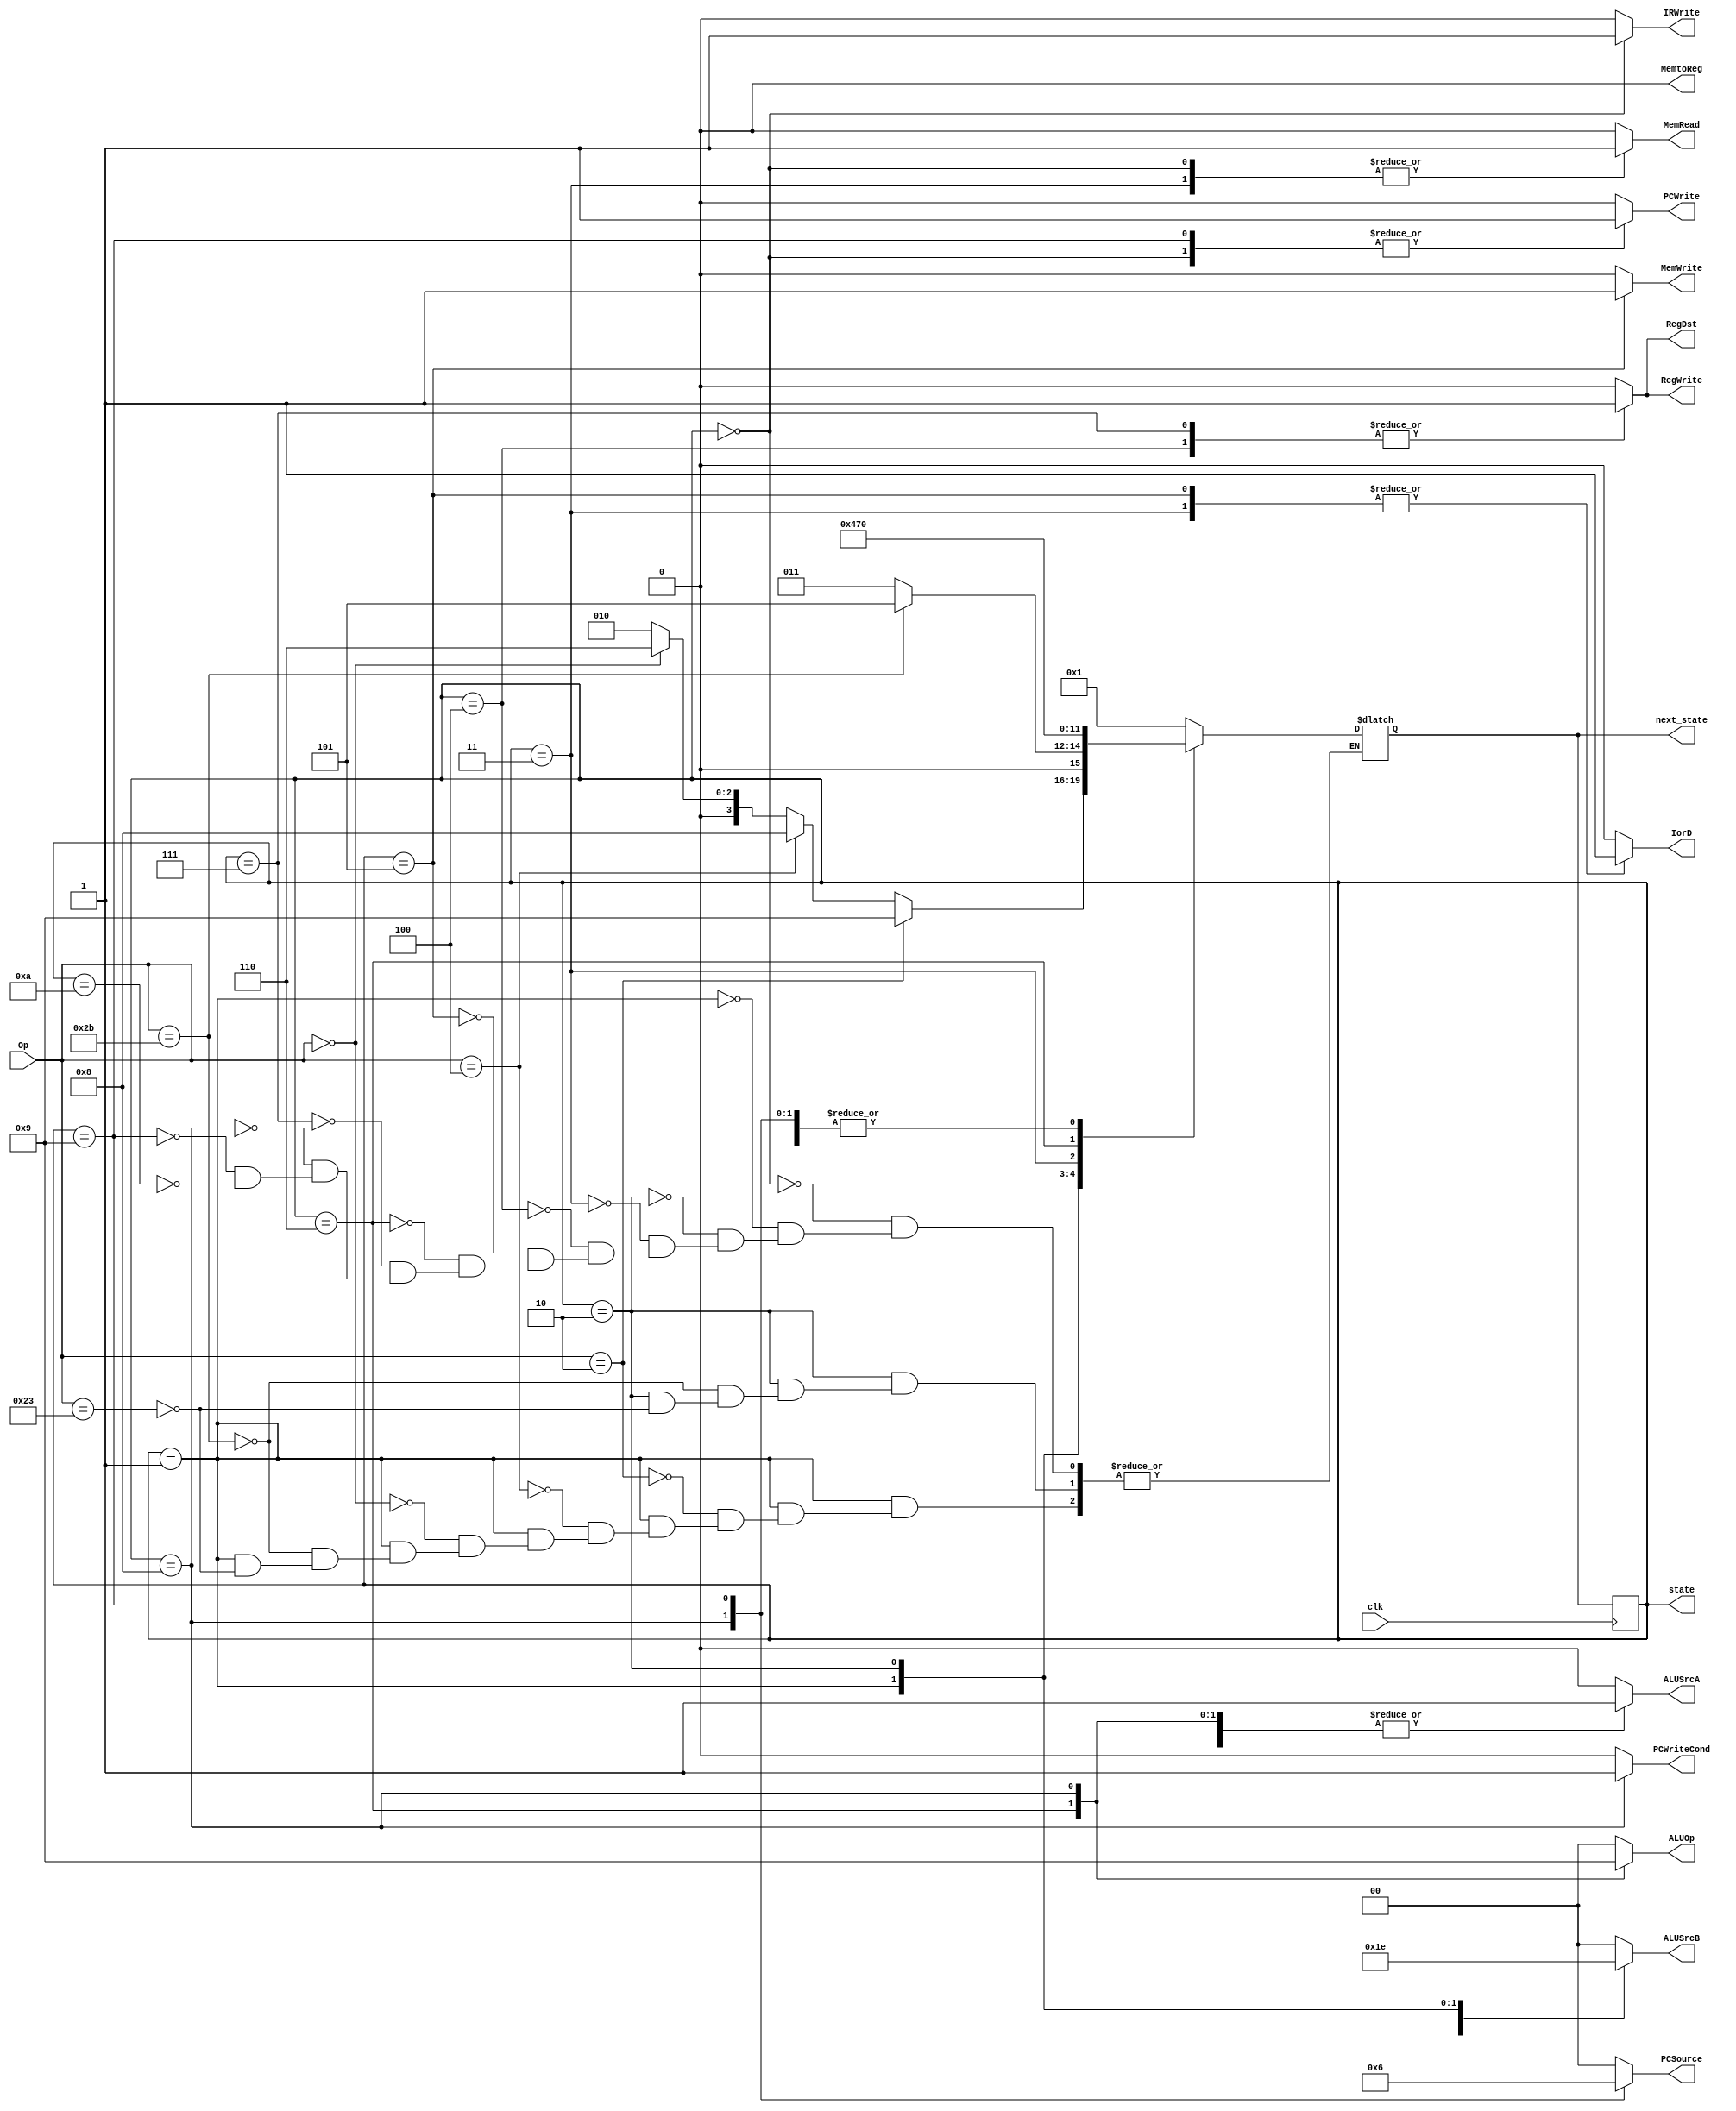
module ControlUnit(clk,PCWriteCond,PCWrite,IorD,MemRead,MemWrite,MemtoReg,IRWrite,PCSource,ALUOp,ALUSrcB,ALUSrcA,RegWrite,RegDst,Op,state,next_state);

	input clk;
	input [5:0] Op;
	
	output reg PCWriteCond,PCWrite,IorD,MemRead,MemWrite,MemtoReg,IRWrite,ALUSrcA,RegWrite,RegDst;
	output reg [1:0] ALUOp,ALUSrcB,PCSource;
	
	parameter    S_0=4'b0000,
				 S_1=4'b0001,
				 S_2=4'b0010,
				 S_3=4'b0011,
				 S_4=4'b0100,
				 S_5=4'b0101,
				 S_6=4'b0110,
				 S_7=4'b0111,
				 S_8=4'b1000,
				 S_9=4'b1001,
				 S_10=4'b1010;
	
	output reg [3:0] state=4'b1010,next_state=4'b1010;
	
	always@(negedge clk)
	begin
	state=next_state;
	end
	always @( state or Op )
	begin
	PCWriteCond=1'b0;
	PCWrite=1'b0;
	IorD=1'b0;
	MemRead=1'b0;
	MemWrite=1'b0;
	MemtoReg=1'b0;
	IRWrite=1'b0;
	ALUSrcA=1'b0;
	RegWrite=1'b0;
	RegDst=1'b0;
	ALUOp=2'b00;
	ALUSrcB=2'b00;
	PCSource=2'b00;
	
	case (state)
	S_0: begin next_state=S_1;
				  MemRead=1'b1;
				  ALUSrcA=1'b0;
				  IorD=1'b0;
				  IRWrite=1;
				  ALUSrcB=2'b01;
				  ALUOp=2'b00;
				  PCWrite=1'b1;
				  PCSource=2'b00;
		  end
		  
	S_1: begin
		  ALUSrcA=1'b0;
		  ALUSrcB=2'b11;
		  ALUOp=2'b00;
		  if(Op==6'b100011) next_state=S_2;				
		  if(Op==6'b101011) next_state=S_2;
		  if(Op==6'b000000) next_state=S_6;
		  if(Op==6'b000100) next_state=S_8; 
		  if(Op==6'b000010) next_state=S_9;
						  
		  end
	
	S_2:begin
		 ALUSrcA=1'b1;
		 ALUSrcB=2'b10;
		 ALUOp=2'b00;
				 
		 if(Op==6'b100011) next_state=S_3;
		 if(Op==6'b101011) next_state=S_5;
		 
		 end
		 
	S_3:begin
	
		 MemRead=1'b1;
		 IorD=1'b1;
		 next_state=S_4;
		 
		 end
		 
	S_4:begin
		 RegDst=1'b1;
		 RegWrite=1;
		 MemtoReg=1'b0;
		 next_state=S_0;
		 end
		 
	S_5:begin
		 MemWrite=1'b1;
		 IorD=1'b1;
		 next_state=S_0;
		 end
	
	S_6:begin
		 ALUSrcA=1'b1;
		 ALUSrcB=2'b00;
		 ALUOp=2'b10;
		 next_state=S_7;
		 end
		 
	S_7:begin
		 RegDst=1'b1;
		 RegWrite=1'b1;
		 MemtoReg=1'b0;
		 next_state=S_0;
		 end
		 
	S_8:begin
		  ALUSrcA=1'b1;
		  ALUSrcB=2'b00;
		  ALUOp=2'b01;
		  PCWriteCond=1;
		  PCSource=01;
		  next_state=S_0;
		 end
		 
	S_9:begin
		 PCWrite=1'b1;
		 PCSource=2'b10;
		 next_state=S_0;
		 end
		
	S_10:begin
		 next_state=S_0;
		 end
	
	endcase
	
	end
	
endmodule